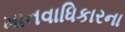
માનવાધિકારના